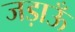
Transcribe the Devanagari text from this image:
जड़ाऊँ